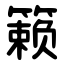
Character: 籁